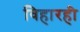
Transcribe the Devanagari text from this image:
विहारही